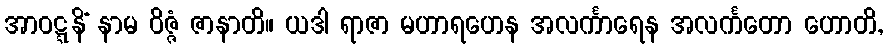
အာဝဋ္ဋနိံ နာမ ဝိဇ္ဇံ ဇာနာတိ။ ယဒါ ရာဇာ မဟာရဟေန အလင်္ကာရေန အလင်္ကတော ဟောတိ,